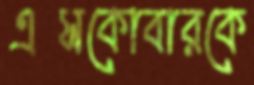
এসকোবারকে